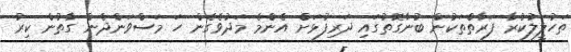
ތަހުލީލުކުރާ ފަރާތްތަކުން ބުނާގޮތުގައި ދަރިފުޅަށް އެންމެ މަދުވެގެން ހަ މަސްވަންދެން ގާތުން ކިރު